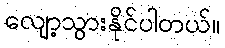
လျော့သွားနိုင်ပါတယ်။